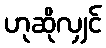
ဟုဆိုလျှင်